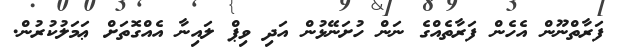
ފަރާތްނޫން އެހެން ފަރާތެއްގެ ނަން ހުށަނޭޅުން އަދި ވިޕް ލައިނާ އެއްގޮތަށް ޢަމަލުކުރުން.